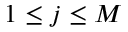
1 \leq j \leq M